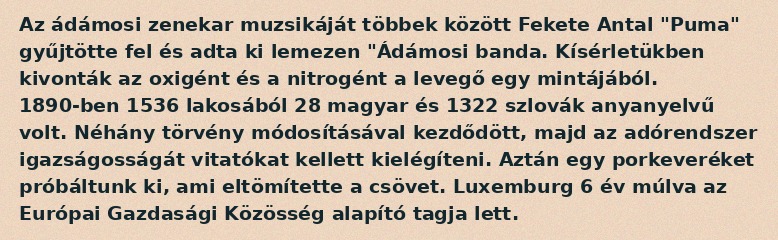
Az ádámosi zenekar muzsikáját többek között Fekete Antal "Puma" gyűjtötte fel és adta ki lemezen "Ádámosi banda. Kísérletükben kivonták az oxigént és a nitrogént a levegő egy mintájából. 1890-ben 1536 lakosából 28 magyar és 1322 szlovák anyanyelvű volt. Néhány törvény módosításával kezdődött, majd az adórendszer igazságosságát vitatókat kellett kielégíteni. Aztán egy porkeveréket próbáltunk ki, ami eltömítette a csövet. Luxemburg 6 év múlva az Európai Gazdasági Közösség alapító tagja lett.